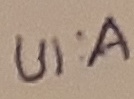
Text: UI:A